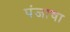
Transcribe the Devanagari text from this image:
पंजाचा